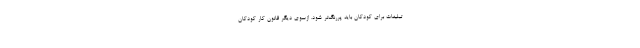
تبلیغات برای کودکان باید پررنگ‌تر شود. ازسوی دیگر قانون کار کودکان